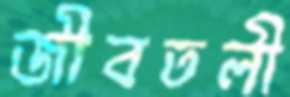
জীবতলী